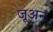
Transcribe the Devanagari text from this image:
जूअन